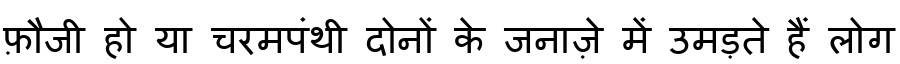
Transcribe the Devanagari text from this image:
फ़ौजी हो या चरमपंथी दोनों के जनाज़े में उमड़ते हैं लोग